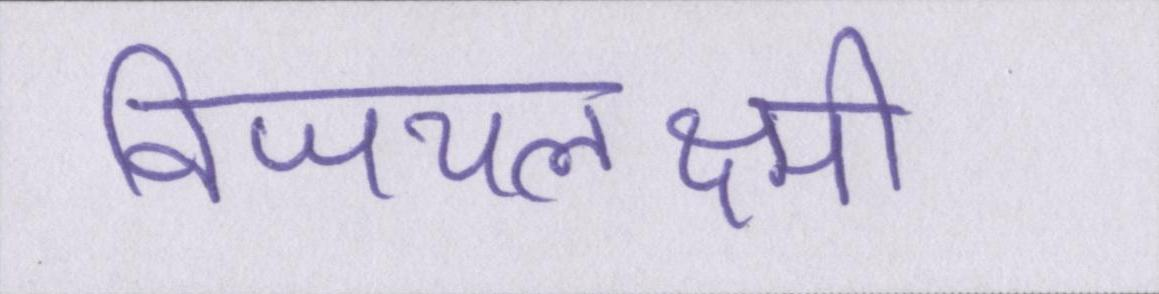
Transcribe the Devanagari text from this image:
विजयलक्ष्मी